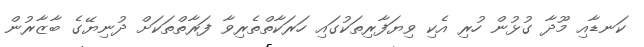
ކަނޑާއި މޫދާ ގުޅުން ހުރި އެކި ވިޔަފާރިތަކުގައި ހަރަކާތްތެރިވާ ފަރާތްތަކަށް ދުނިޔޭގެ ބާޒާރުން